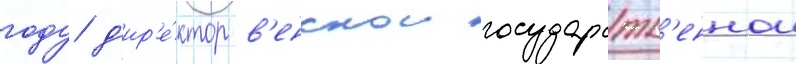
году д'ир'е́ктор в'енскои государств'еннои